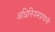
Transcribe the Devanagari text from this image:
अधिनियमप्रणाली